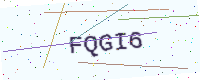
Text: FQGI6